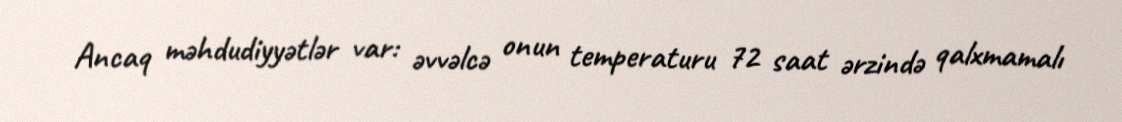
Ancaq məhdudiyyətlər var: əvvəlcə onun temperaturu 72 saat ərzində qalxmamalı